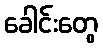
ခေါင်းတွေ